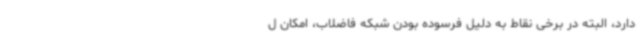
دارد، البته در برخی نقاط به دلیل فرسوده بودن شبکه فاضلاب، امکان ل